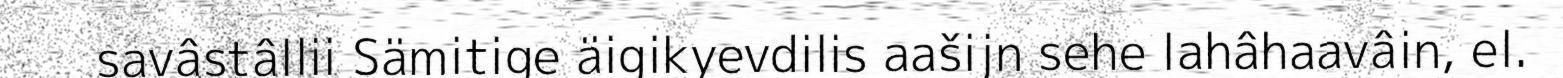
savâstâllii Sämitige äigikyevdilis aašijn sehe lahâhaavâin, el.